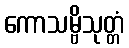
ကောသမ္ဗိသုတ္တံ